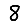
Digit: 8